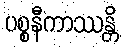
ပစ္စနီကာဿန္တိ